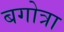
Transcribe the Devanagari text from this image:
बगोत्रा